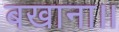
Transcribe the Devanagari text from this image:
बखाना।।